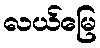
လယ်မြေ